Report on metropolitan horse fairs and district horse shows of 1891-92 - 1891-1892
Year: 1891
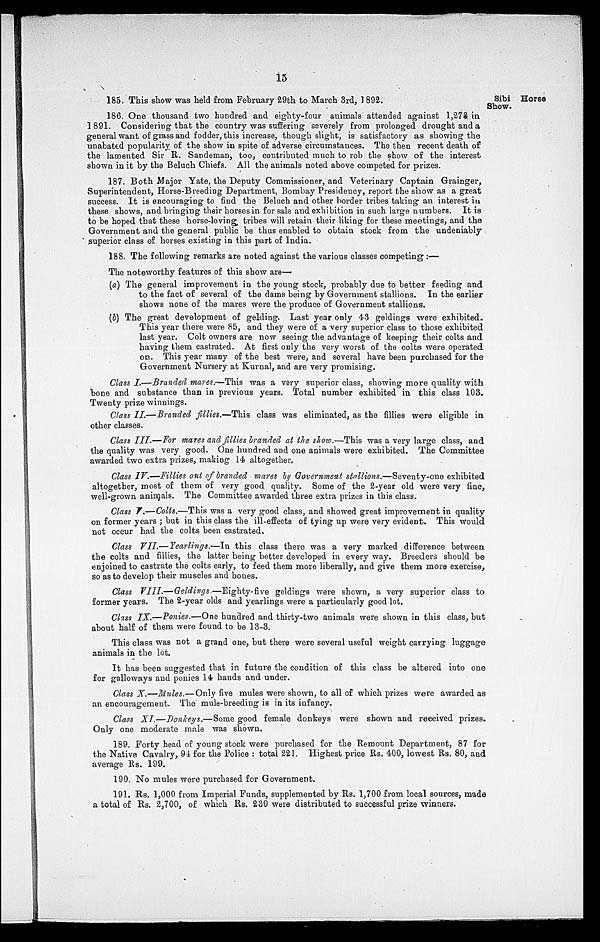
15
Sibi Horse
Show.
185. This show was held from February 29th to March 3rd, 1892.
186. One thousand two hundred and eighty-four animals attended against 1,273 in
1891. Considering that the country was suffering severely from prolonged drought and a
general want of grass and fodder, this increase, though slight, is satisfactory as showing the
unabated popularity of the show in spite of adverse circumstances. The then recent death of
the lamented Sir R. Sandeman, too, contributed much to rob the show of the interest
shown in it by the Beluch Chiefs. All the animals noted above competed for prizes.
187. Both Major Yate, the Deputy Commissioner, and Veterinary Captain Grainger,
Superintendent, Horse-Breeding Department, Bombay Presidency, report the show as a great
success. It is encouraging to find the Beluch and other border tribes taking an interest in
these shows, and bringing their horses in for sale and exhibition in such large numbers. It is
to be hoped that these horse-loving tribes will retain their liking for these meetings, and the
Government and the general public be thus enabled to obtain stock from the undeniably
superior class of horses existing in this part of India.
188. The following remarks are noted against the various classes competing:—
The noteworthy features of this show are—
(a) The general improvement in the young stock, probably due to better feeding and
to the fact of several of the dams being by Government stallions. In the earlier
shows none of the mares were the produce of Government stallions.
(b) The great development of gelding. Last year only 43 geldings were exhibited.
This year there were 85, and they were of a very superior class to those exhibited
last year. Colt owners are now seeing the advantage of keeping their colts and
having them castrated. At first only the very worst of the colts were operated
on. This year many of the best were, and several have been purchased for the
Government Nursery at Kurnal, and are very promising.
Class I.—Branded mares.—This was a very superior class, showing more quality with
bone and substance than in previous years. Total number exhibited in this class 103.
Twenty prize winnings.
Class II.—Branded fillies.—This class was eliminated, as the fillies were eligible in
other classes.
Class III.—For mares and fillies branded at the show.—This was a very large class, and
the quality was very good. One hundred and one animals were exhibited. The Committee
awarded two extra prizes, making 14 altogether.
Class IV.—Fillies out of branded mares by Government stallions.—Seventy-one exhibited
altogether, most of them of very good quality. Some of the 2-year old were very fine,
well-grown animals. The Committee awarded three extra prizes in this class.
Class V.—Colts.—This was a very good class, and showed great improvement in quality
on former years; but in this class the ill-effects of tying up were very evident. This would
not occur had the colts been castrated.
Class VII.—Yearlings.—In this class there was a very marked difference between
the colts and fillies, the latter being better developed in every way. Breeders should be
enjoined to castrate the colts early, to feed them more liberally, and give them more exercise,
so as to develop their muscles and bones.
Class VIII.—Geldings.—Eighty-five
geldings were shown, a very superior class to
former years. The 2-year olds and yearlings were a particularly good lot.
Class IX.—Ponies.—One hundred and thirty-two animals were shown in this class, but
about half of them were found to be 13-3.
This class was not a grand one, but there were several useful weight carrying luggage
animals in the lot.
It has been suggested that in future the condition of this class be altered into one
for galloways and ponies 14 hands and under.
Class X.—Mules.—Only five mules were shown, to all of which prizes were awarded as
an encouragement. The mule-breeding is in its infancy.
Class XI.—Donkeys.—Some good female donkeys were shown and received prizes.
Only one moderate male was shown.
189. Forty head of young stock were purchased for the Remount Department, 87 for
the Native Cavalry, 94 for the Police: total 221. Highest price Rs. 400, lowest Rs. 80, and
average Rs. 199.
190. No mules were purchased for Government.
191. Rs. 1,000 from Imperial Funds, supplemented by Rs. 1,700 from local sources, made
a total of Rs. 2,700, of which Rs. 230 were distributed to successful prize winners.